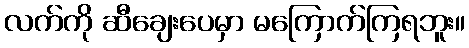
လက်ကို ဆီချေးပေမှာ မကြောက်ကြရဘူး။